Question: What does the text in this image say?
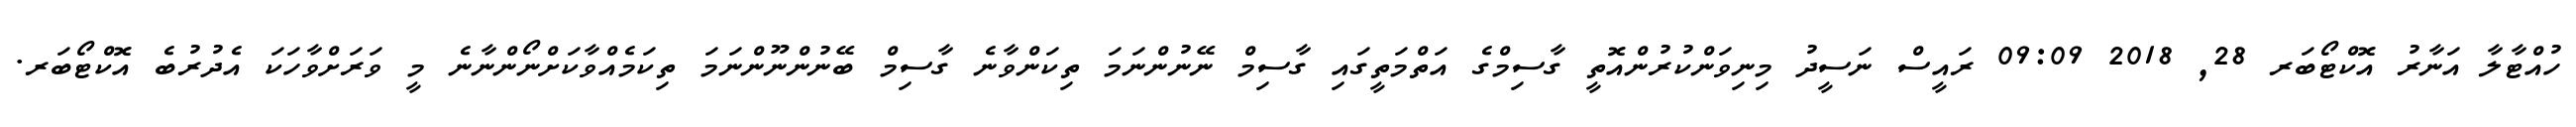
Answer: ހުއްޓާލާ އަނާރު އޮކްޓޯބަރ 28, 2018 09:09 ރައީސް ނަސީދު މިނިވަންކުރުންއޮތީ ގާސިމްގެ އަތްމަތީގައި ގާސިމް ނޭނުންނަމަ ތިކަންވާނެ ގާސިމް ބޭނުންނޫންނަމަ ތިކަމެއްވާކަށްނޯންނާނެ މީ ވަރަށްވާހަކަ އެދުރުބެ އޮކްޓޯބަރ.